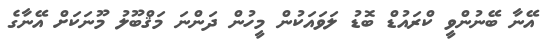
އޭނާ ބޭނުންވީ ކްރައުޑް ބޮޑު ލަވައަކުން މީހުން ދަންނަ މަޤްބޫލު މޫނަކަށް އޭނާގެ